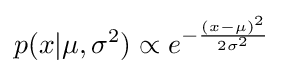
p(x|\mu ,\sigma ^{2})\propto e^{-{\frac {(x-\mu )^{2}}{2\sigma ^{2}}}}